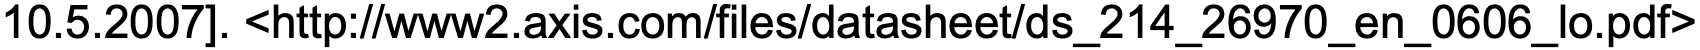
10.5.2007]. <http://www2.axis.com/files/datasheet/ds_214_26970_en_0606_lo.pdf>